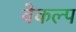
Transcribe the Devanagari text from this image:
वेकल्प